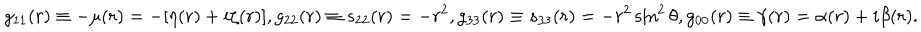
LaTeX: g _ { 1 1 } ( r ) \equiv - \mu ( r ) = - [ \eta ( r ) + i \zeta ( r ) ] , g _ { 2 2 } ( r ) \equiv s _ { 2 2 } ( r ) = - r ^ { 2 } , g _ { 3 3 } ( r ) \equiv s _ { 3 3 } ( r ) = - r ^ { 2 } \sin ^ { 2 } \theta , g _ { 0 0 } ( r ) \equiv \gamma ( r ) = \alpha ( r ) + i \beta ( r ) .